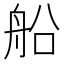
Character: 船